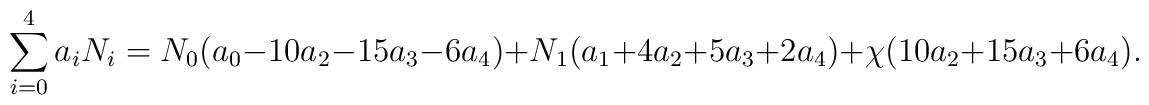
\sum^4_{i=0} a_iN_i = N_0(a_0-10a_2-15a_3-6a_4)                     +N_1(a_1+4a_2+5a_3+2a_4)                     +\chi(10a_2+15a_3+6a_4).